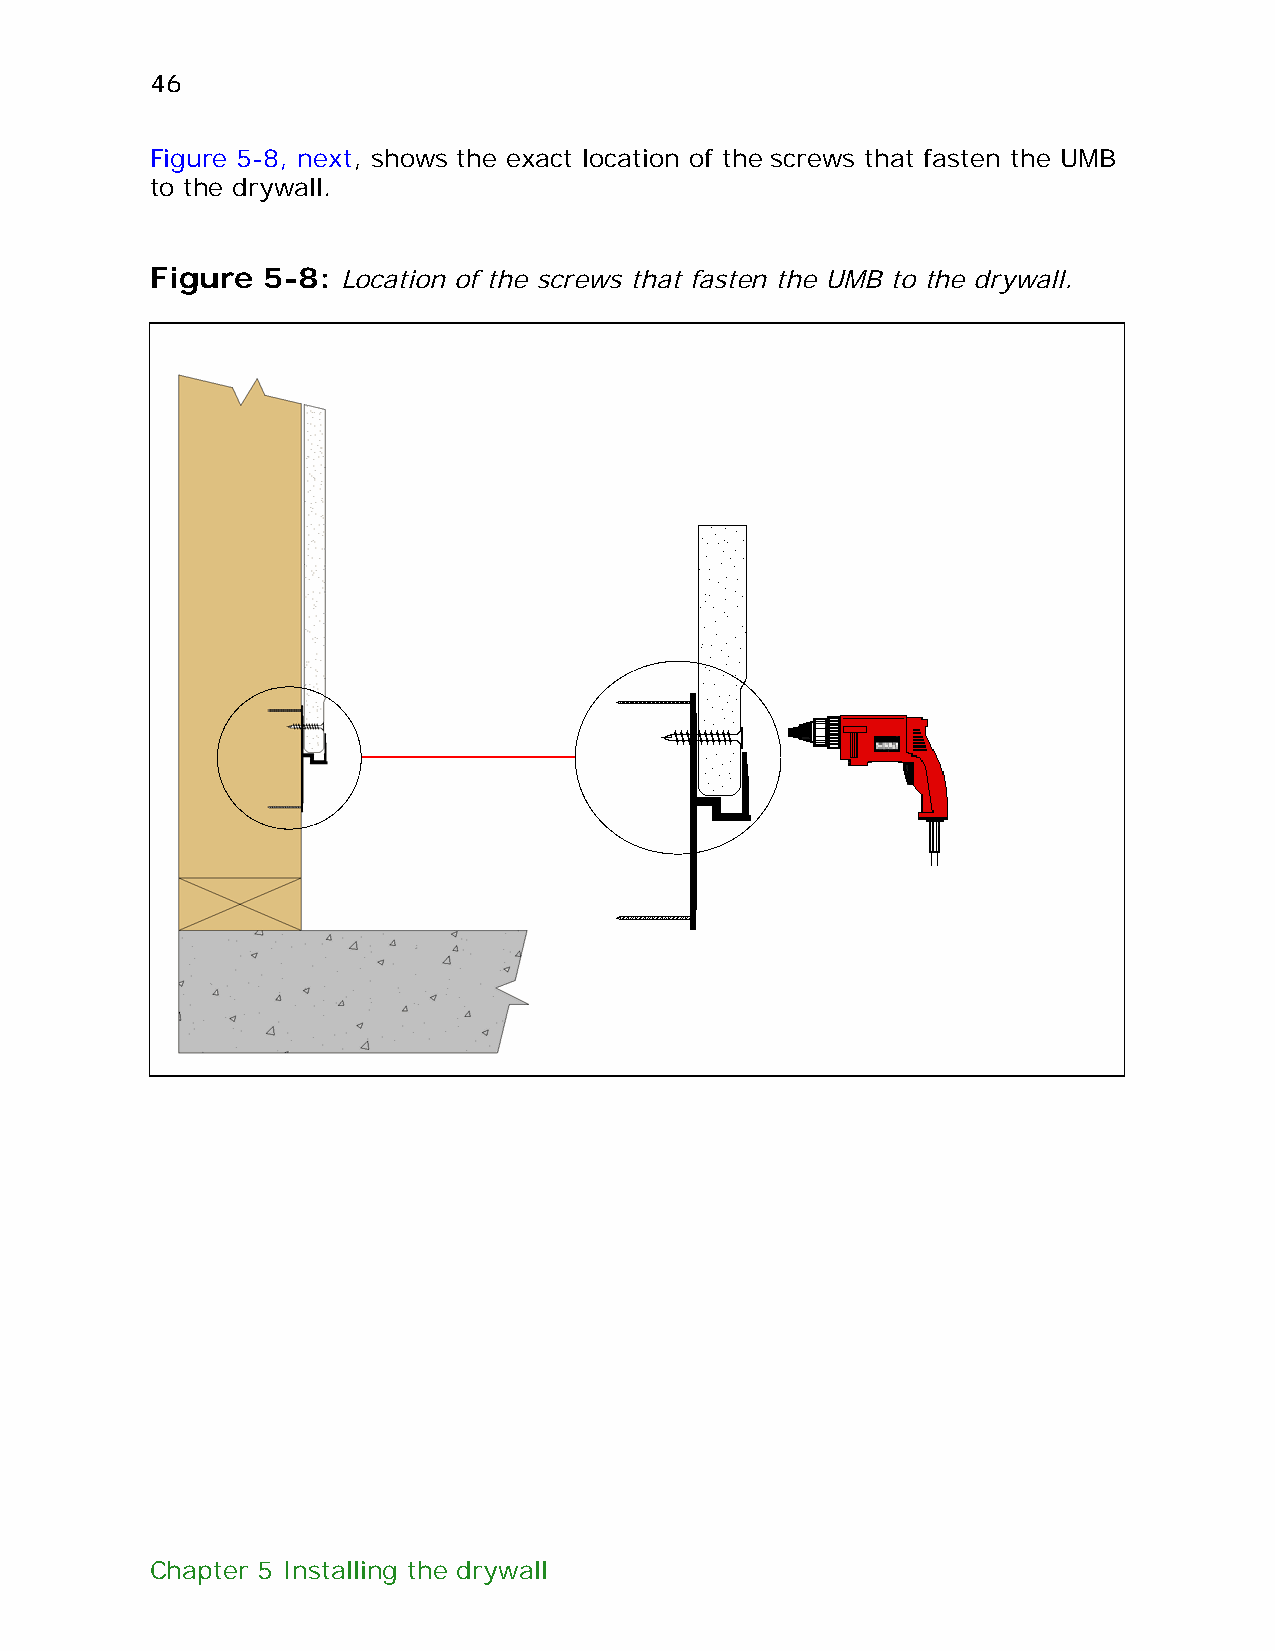
46
 Figure 5-8, next, shows the exact location of the screws that fasten the UMB
 to the drywall.
 Figure 5-8:  Location of the screws that fasten the UMB to the drywall.
 Chapter 5 Installing the drywall